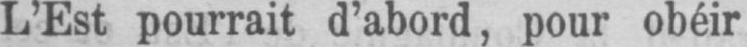
L’Est pourrait d’abord, pour obéir